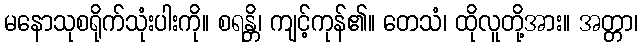
မနောသုစရိုက်သုံးပါးကို။ စရန္တိ၊ ကျင့်ကုန်၏။ တေသံ၊ ထိုလူတို့အား။ အတ္တာ၊